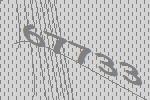
67733